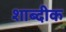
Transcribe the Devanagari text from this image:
शाब्दीक